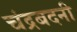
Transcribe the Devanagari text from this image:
चंद्रबदनी